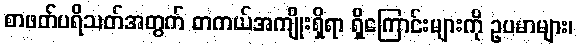
စာဖတ်ပရိသတ်အတွက် တကယ်အကျိုးရှိရာ ရှိကြောင်းများကို ဥပမာများ၊